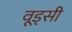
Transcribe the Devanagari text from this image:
वूड्सी